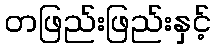
တဖြည်းဖြည်းနှင့်